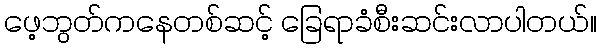
ဖေ့ဘွတ်ကနေတစ်ဆင့် ခြေရာခံစီးဆင်းလာပါတယ်။